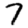
Digit: 7